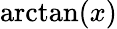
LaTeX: \arctan(x)